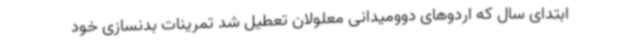
ابتدای سال که اردوهای دوومیدانی معلولان تعطیل شد تمرینات بدنسازی خود